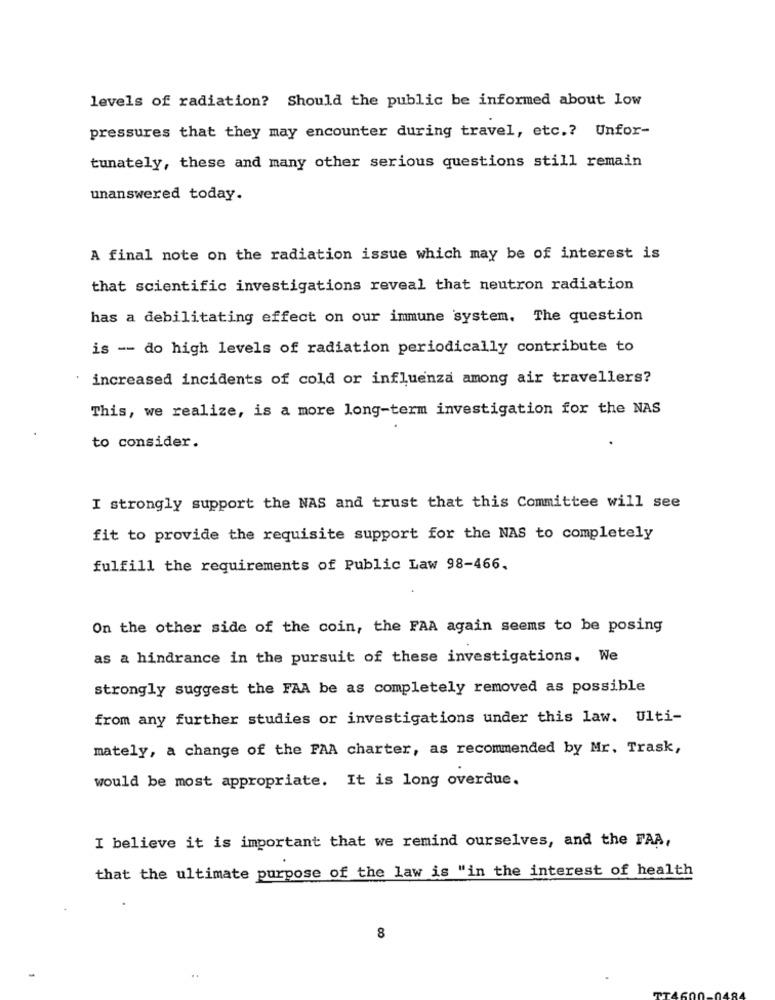
levels of radiation? Should the public be informed about low
pressures that they may encounter during travel, etc .? Unfor-
tunately, these and many other serious questions still remain
unanswered today.
A final note on the radiation issue which may be of interest is
that scientific investigations reveal that neutron radiation
has a debilitating effect on our immune system. The question
is -- do high levels of radiation periodically contribute to
increased incidents of cold or influenza among air travellers?
This, we realize, is a more long-term investigation for the NAS
to consider.
I strongly support the NAS and trust that this Committee will see
fit to provide the requisite support for the NAS to completely
fulfill the requirements of Public Law 98-466.
On the other side of the coin, the FAA again seems to be posing
as a hindrance in the pursuit of these investigations. We
strongly suggest the FAA be as completely removed as possible
from any further studies or investigations under this law. Ulti-
mately, a change of the FAA charter, as recommended by Mr. Trask,
would be most appropriate. It is long overdue.
I believe it is important that we remind ourselves, and the FAA,
that the ultimate purpose of the law is "in the interest of health
8